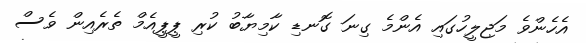
އެހެންވެ މަޖިލީހުގައި އެންމެ ގިނަ ގޮނޑި ކާމިޔާބު ކުރި ޕީޕީއެމް ތެރެއިން ވެސް